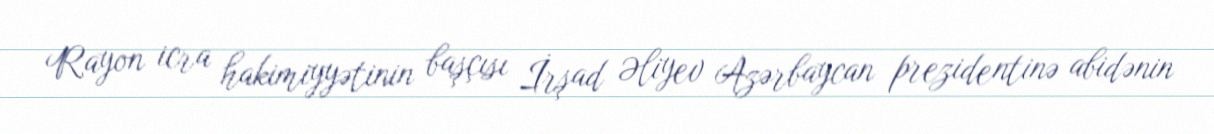
Rayon icra hakimiyyətinin başçısı İrşad Əliyev Azərbaycan prezidentinə abidənin